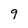
Character: 9